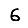
Digit: 6